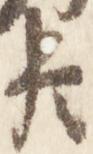
臣